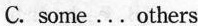
C. some...Others